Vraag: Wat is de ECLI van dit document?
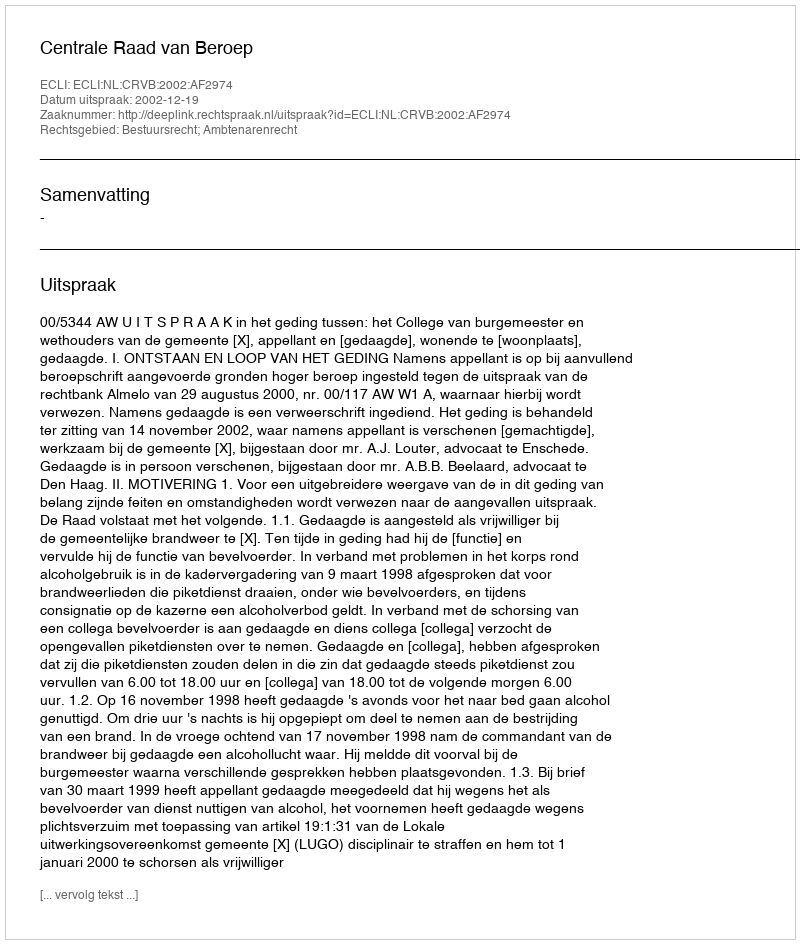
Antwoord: ECLI:NL:CRVB:2002:AF2974